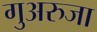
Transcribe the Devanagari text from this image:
गुअरुजा